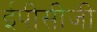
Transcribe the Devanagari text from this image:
ईपीसीजी